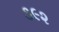
૩૯૨